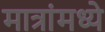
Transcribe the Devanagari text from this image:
मात्रांमध्ये